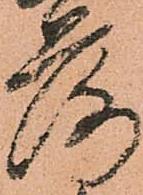
落